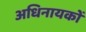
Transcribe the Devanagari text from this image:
अधिनायकों